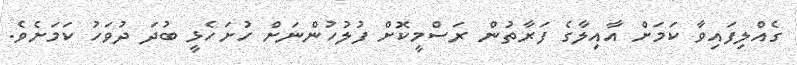
ގެއްލިފައިވާ ކަމަށް އާއިލާގެ ފަރާތުން ރަސްމީކޮށް ފުލުހުންނަށް ހުށަހެޅީ ބުދަ ދުވަހު ކަމަށެވެ.